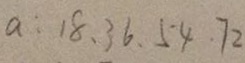
a : 1 8 、 3 6 、 5 4 . 7 2